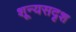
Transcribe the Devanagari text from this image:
शून्यसदृश